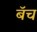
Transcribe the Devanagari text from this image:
बॅच